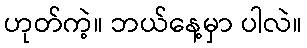
ဟုတ်ကဲ့။ ဘယ်နေ့မှာ ပါလဲ။